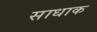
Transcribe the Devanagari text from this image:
साधाक